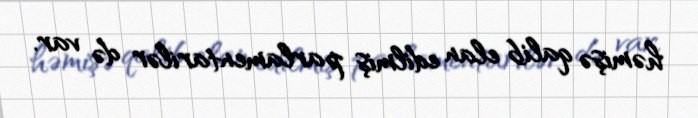
həmişə qalib elan edilmiş parlamentarilər də var.